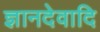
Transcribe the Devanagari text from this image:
ज्ञानदेवादि